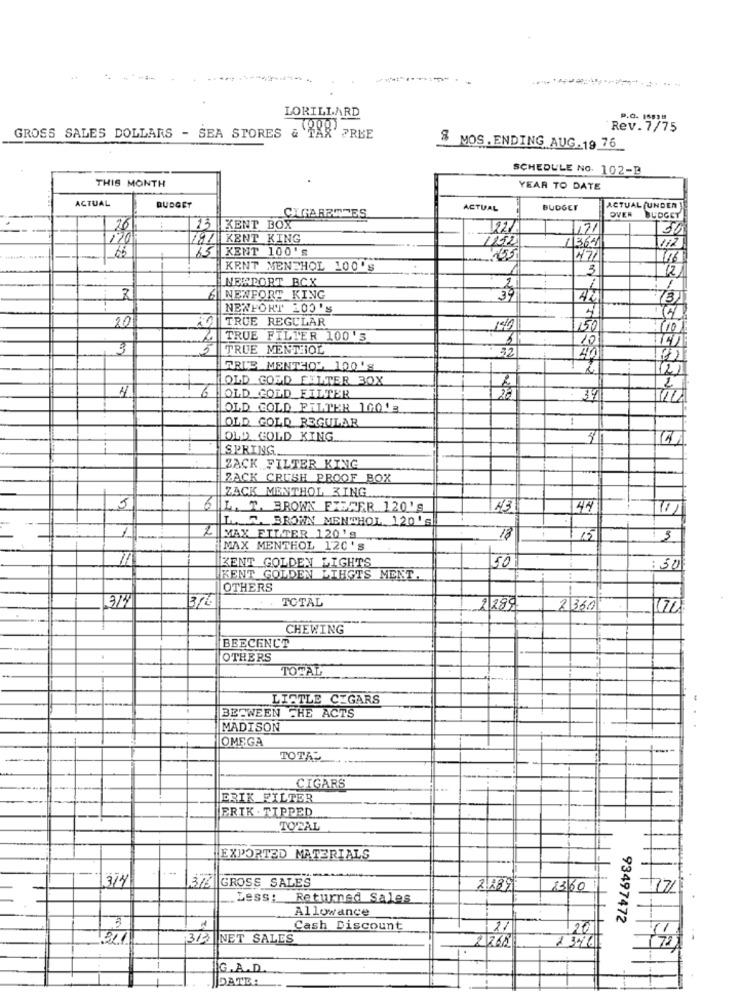
LORILLARD
Rev. 7/75
GROSS SALES DOLLARS - SEA STORES & TAX FREE
$ MOS. ENDING AUG. 19 76
SCHEDULE NO. 102-2
THIS MONTH
YEAR TO DATE
ACTUAL
BUDGET
CIGARETTES
ACTUAL
BUDGET
ACTUAL (UNDER]
OVER BUDGET
26
15 KENT BOX
1221
50
/KENT KING
1252
65 KENT 100'S
1364
155
471
116
KENT MENTHOL 100'S
1
3
12
NEMPORT BCX
1
NENFORT KING
39
737
NEWFORT 200'S
20
TRUE REGULAR
140
150
710
TRUE FILTER 100'
3
10
3
2
TRUE MENTHOL
32
FRIS MENTHOL 100'S
OLD GOLD FILTER 30X
4
+
2
6
OLD GOLD FILTER
120
39
OLD GOLD FILTER 1001
OLD GOLD REGULAR
OLD GOLD KING.
i
SPRING.
ZACK FILTER KING
ZACK CRUSH PROOF BOX
ZACK MENTHOL KING
5
6 L. T. BROWN FIBRER 120'S
43
44
LA.R. BROWN MENTHOL 120 'S
MAX FILTER 120'g
18
1 3
MAX MENTHOL 120's
KENT GOLDEN LIGHTS
50
:50
KENT GOLDEN LIHGTS MENT.
OTHERS
3/4
3/6
-. TOTAL
2289
2360
(70
CHEWING
BEECHNUT
OTHERS
TOTAL
LISTLE CIGARS
BETWEEN THE ACTS
MADISON
OMEGA
TOTAL
CIGARS
ERIK FILTER
FRIK . TIPPED
TOTAL
11
EXPORTED MATERIALS
3/4/
GROSS SALES
21889
13/60
.Zess: Returned Sales
Allowance
93497472
,3
Cash Discount
21
3/3 |NET SALES
2,268
IG.A.D.
DATE: